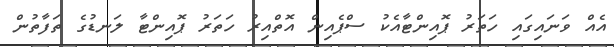
އެއް ވަނައިގައި ހަތަރު ޕޮއިންޓާއެކު ސްޕެއިން އޮތްއިރު ހަތަރު ޕޮއިންޓާ ލަނޑުގެ ތަފާތުން